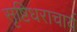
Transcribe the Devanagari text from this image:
सृष्टिधराचार्य